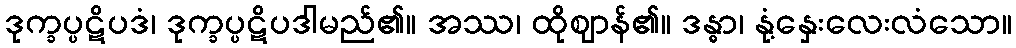
ဒုက္ခပ္ပဋိပဒံ၊ ဒုက္ခပ္ပဋိပဒါမည်၏။ အဿ၊ ထိုဈာန်၏။ ဒန္ဓာ၊ နုံ့နှေးလေးလံသော။